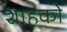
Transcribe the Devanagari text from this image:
शाहको